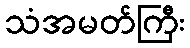
သံအမတ်ကြီး